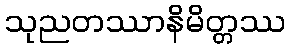
သုညတဿာနိမိတ္တဿ